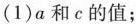
(1)a和c的值；